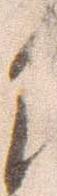
候